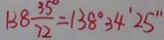
1 3 8 \frac { 3 5 } { 7 2 } ^ { \circ } = 1 3 8 ^ { \circ } 3 4 ^ { \prime } 2 5 ^ { \prime \prime }